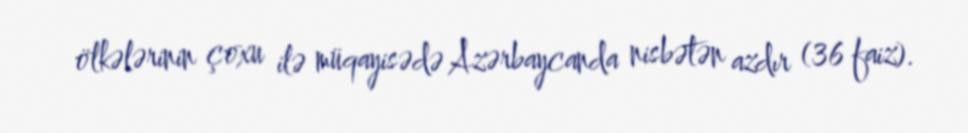
ölkələrinin çoxu ilə müqayisədə Azərbaycanda nisbətən azdır (36 faiz).